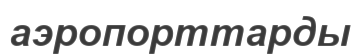
аэропорттарды